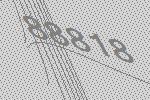
88818